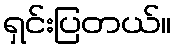
ရှင်းပြတယ်။